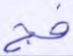
فج